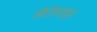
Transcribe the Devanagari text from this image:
सॅटॅलाइट